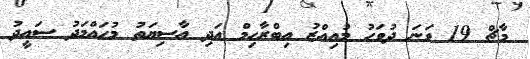
މާޗް 19 ވަނަ ދުވަހު މުއިއްޒު އިބްރާހިމް އަދި އާސިޔަތު މުހައްމަދު ސައީދު